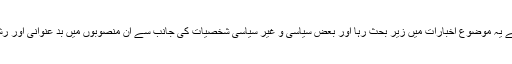
اس دوران رینٹل پاور منصوبوں کے نام سے یہ موضوع اخبارات میں زیر بحث رہا اور بعض سیاسی و غیر سیاسی شخصیات کی جانب سے ان منصوبوں میں بد عنوانی اور رشوت ستانی کے الزامات سامنے آتے رہے۔